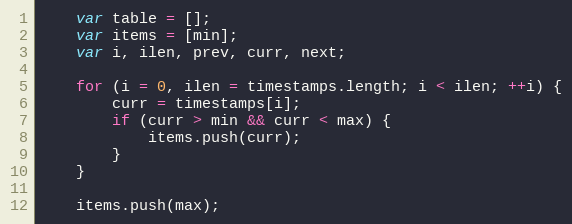
Language: JavaScript
	var table = [];
	var items = [min];
	var i, ilen, prev, curr, next;

	for (i = 0, ilen = timestamps.length; i < ilen; ++i) {
		curr = timestamps[i];
		if (curr > min && curr < max) {
			items.push(curr);
		}
	}

	items.push(max);